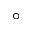
^ \circ